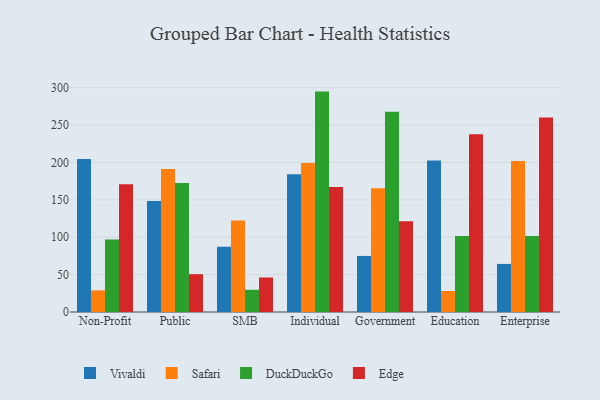
{"axis": {"x": "Segment", "y": "Budget (USD K)"}, "legend": ["DuckDuckGo", "Edge", "Safari", "Vivaldi"], "data": [{"x": "Non-Profit", "y": 204.7, "type": "Vivaldi"}, {"x": "Non-Profit", "y": 28.9, "type": "Safari"}, {"x": "Non-Profit", "y": 97.0, "type": "DuckDuckGo"}, {"x": "Non-Profit", "y": 170.8, "type": "Edge"}, {"x": "Public", "y": 148.5, "type": "Vivaldi"}, {"x": "Public", "y": 191.4, "type": "Safari"}, {"x": "Public", "y": 172.5, "type": "DuckDuckGo"}, {"x": "Public", "y": 50.6, "type": "Edge"}, {"x": "SMB", "y": 87.4, "type": "Vivaldi"}, {"x": "SMB", "y": 122.4, "type": "Safari"}, {"x": "SMB", "y": 29.7, "type": "DuckDuckGo"}, {"x": "SMB", "y": 46.2, "type": "Edge"}, {"x": "Individual", "y": 184.1, "type": "Vivaldi"}, {"x": "Individual", "y": 199.2, "type": "Safari"}, {"x": "Individual", "y": 294.8, "type": "DuckDuckGo"}, {"x": "Individual", "y": 167.3, "type": "Edge"}, {"x": "Government", "y": 75.0, "type": "Vivaldi"}, {"x": "Government", "y": 165.4, "type": "Safari"}, {"x": "Government", "y": 267.9, "type": "DuckDuckGo"}, {"x": "Government", "y": 121.3, "type": "Edge"}, {"x": "Education", "y": 202.5, "type": "Vivaldi"}, {"x": "Education", "y": 28.1, "type": "Safari"}, {"x": "Education", "y": 101.7, "type": "DuckDuckGo"}, {"x": "Education", "y": 237.6, "type": "Edge"}, {"x": "Enterprise", "y": 64.3, "type": "Vivaldi"}, {"x": "Enterprise", "y": 202.0, "type": "Safari"}, {"x": "Enterprise", "y": 101.6, "type": "DuckDuckGo"}, {"x": "Enterprise", "y": 260.1, "type": "Edge"}]}